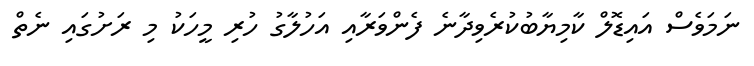
ނަމަވެސް އައިޑޮލް ކާމިޔާބުކުރެވިދާނެ ފެންވަރާއި އަހުލާގު ހުރި މީހަކު މި ރަށުގައި ނެތް